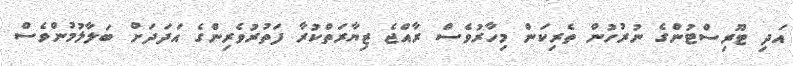
އަދި ޓޫރިސްޓުންގެ ނުރުހުން ތެރިކަން މިހާރުވެސް ރާއްޖެ ޒިޔާރަތްކުރާ ފަތުރުވެރިންގެ އަދަދަށް ބަލާލުމުންވެސް